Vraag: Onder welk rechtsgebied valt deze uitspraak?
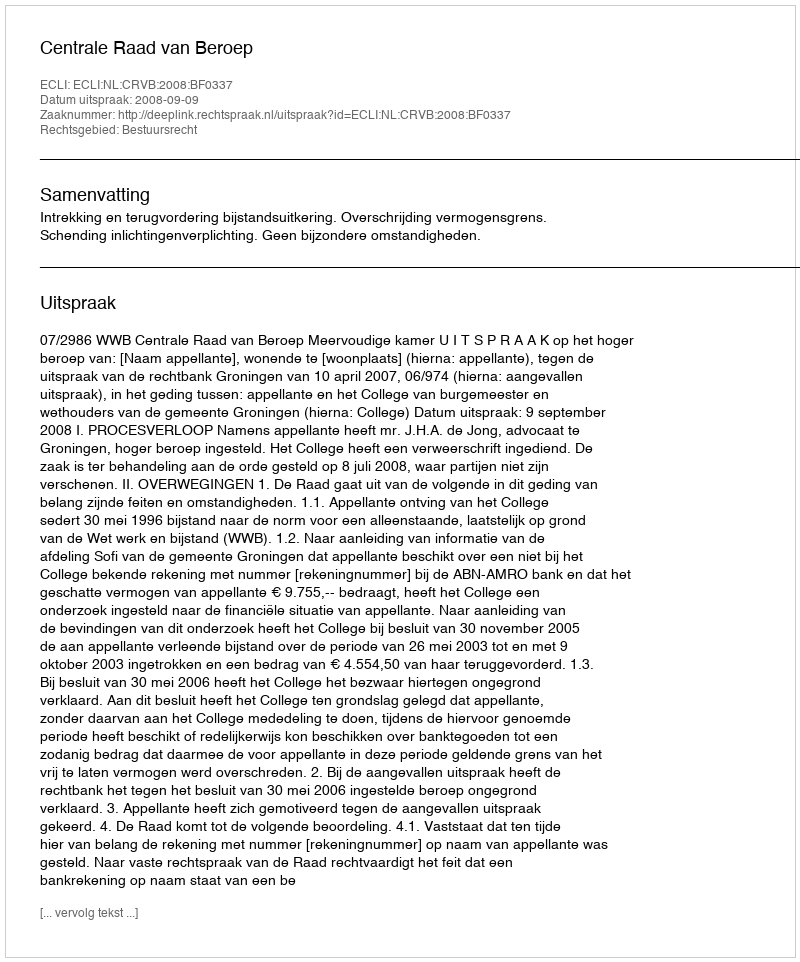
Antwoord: Bestuursrecht